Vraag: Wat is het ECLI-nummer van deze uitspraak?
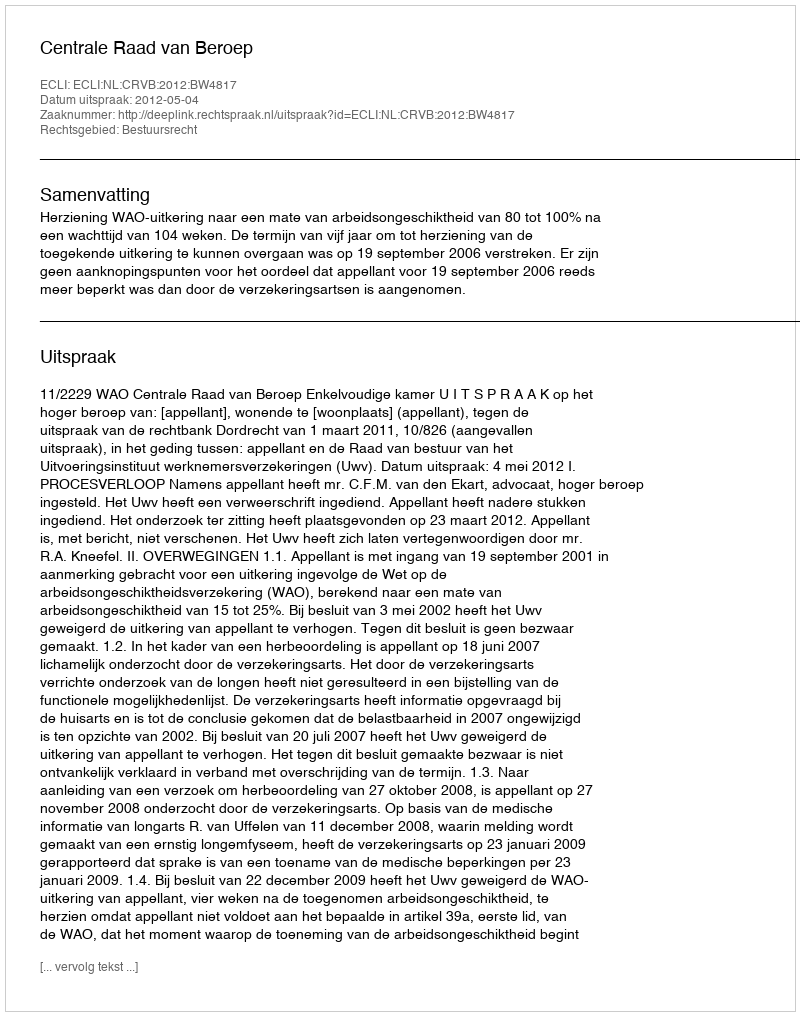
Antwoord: ECLI:NL:CRVB:2012:BW4817